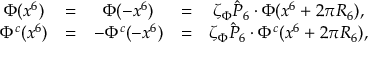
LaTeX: \begin{array} { c c c c c } { { \Phi ( x ^ { 6 } ) } } & { { = } } & { { \Phi ( - x ^ { 6 } ) } } & { { = } } & { { \zeta _ { \Phi } \hat { P } _ { 6 } \cdot \Phi ( x ^ { 6 } + 2 \pi R _ { 6 } ) , } } \\ { { \Phi ^ { c } ( x ^ { 6 } ) } } & { { = } } & { { - \Phi ^ { c } ( - x ^ { 6 } ) } } & { { = } } & { { \zeta _ { \Phi } \hat { P } _ { 6 } \cdot \Phi ^ { c } ( x ^ { 6 } + 2 \pi R _ { 6 } ) , } } \end{array}